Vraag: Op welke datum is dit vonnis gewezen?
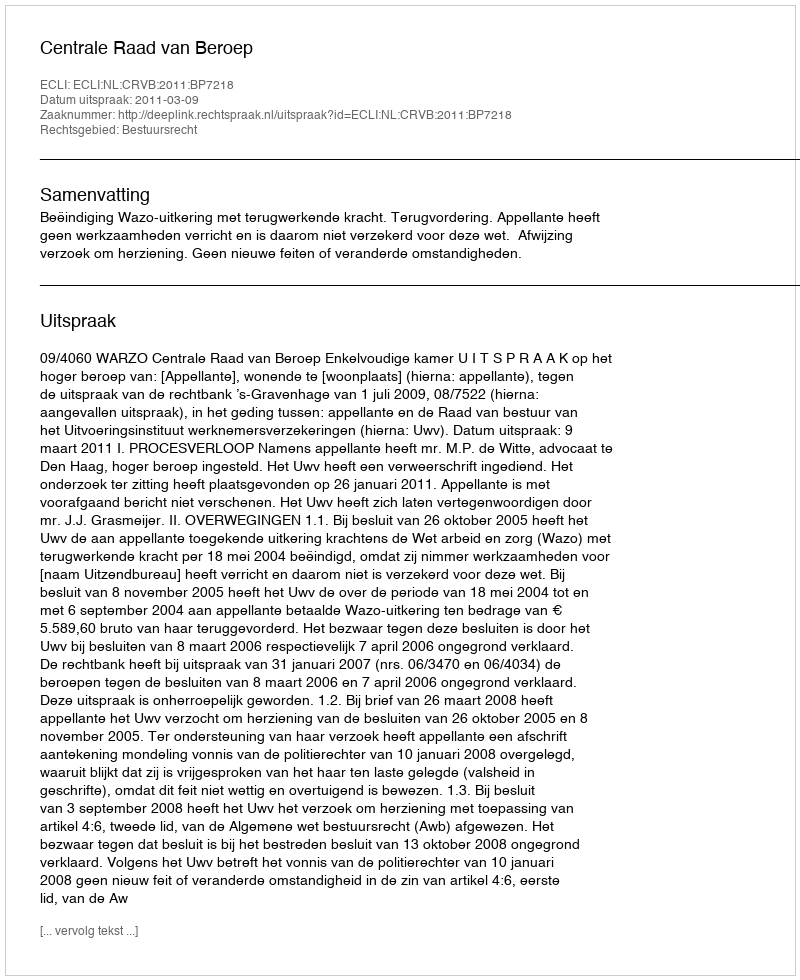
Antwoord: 2011-03-09